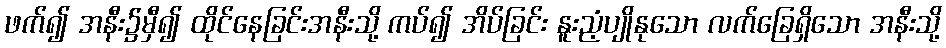
ဖက်၍ အနီး၌မှီ၍ ထိုင်နေခြင်းအနီးသို့ ကပ်၍ အိပ်ခြင်း နူးညံ့ပျိုနုသော လက်ခြေရှိသော အနီးသို့